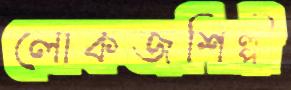
লোকজশিল্পী